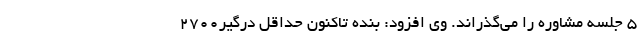
۵ جلسه مشاوره را می‌گذراند. وی افزود: بنده تاکنون حداقل درگیر۲۷۰۰